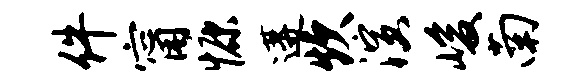
件甯慷遘炊演峻南